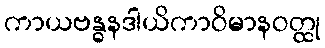
ကာယဗန္ဓနဒါယိကာဝိမာနဝတ္ထု